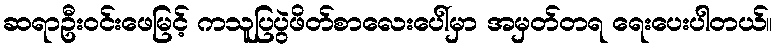
ဆရာဦးဝင်းဖေမြင့် ကသူပြပွဲဖိတ်စာလေးပေါ်မှာ အမှတ်တရ ရေးပေးပါတယ်။